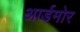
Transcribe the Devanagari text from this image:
आर्डमोर